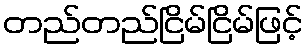
တည်တည်ငြိမ်ငြိမ်ဖြင့်